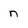
Character: n